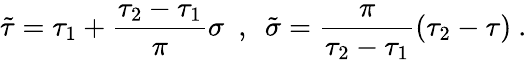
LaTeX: \tilde{\tau}=\tau_{1}+\frac{\tau_{2}-\tau_{1}}{\pi}\sigma\ \ ,\ \ \tilde{\sigma}=\frac{\pi}{\tau_{2}-\tau_{1}}(\tau_{2}-\tau)\ .